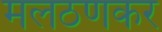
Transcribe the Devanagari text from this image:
मलठणकर